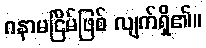
ဂနာမငြိမ်ဖြစ် လျက်ရှိ၏။